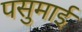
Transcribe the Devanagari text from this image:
पसुमाई